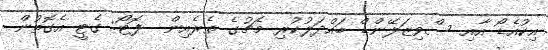
އިކުއެޑޯ އާއި ސްވިޒަލޭންޑް ބައްދަލުކުރި މެޗުގެ ތެރެއިން  ފޮޓޯ: ގެޓީ އެގޮތުން